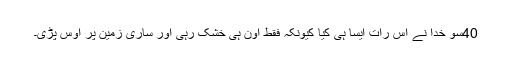
40سو خُدا نے اُس رات اَیسا ہی کِیا کیونکہ فقط اُون ہی خُشک رہی اور ساری زمِین پر اوس پڑی۔